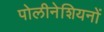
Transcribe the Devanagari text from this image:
पोलीनेशियनों